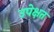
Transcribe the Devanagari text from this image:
उपेक्षत